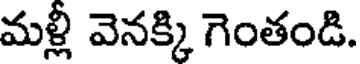
మళ్లీ వెనక్కి గెంతండి.